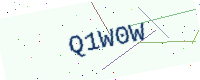
Text: Q1W0W